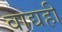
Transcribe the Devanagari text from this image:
वाद्यही